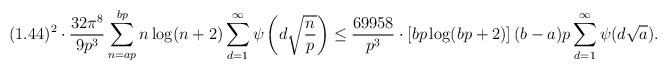
LaTeX: \begin{align*}(1.44)^{2} \cdot \frac{32 \pi^{8}}{9p^{3}} \sum_{n=ap}^{bp}n \log(n+2) \sum_{d=1}^{\infty} \psi\left(d \sqrt{\frac{n}{p}}\right)\leq \frac{69958}{p^{3}} \cdot \left[bp \log(bp+2)\right] (b-a)p \sum_{d=1}^{\infty} \psi(d \sqrt{a}).\end{align*}